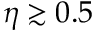
\eta \gtrsim 0 . 5